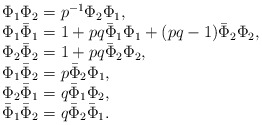
\begin{align*}\begin{array}{l}\Phi_{1}\Phi_{2}=p^{-1}\Phi_{2}\Phi_{1},\\\Phi_{1}\bar{\Phi}_{1}=1+pq\bar{\Phi}_{1}\Phi_{1}+(pq-1)\bar{\Phi}_{2}\Phi_{2},\\\Phi_{2}\bar{\Phi}_{2}=1+pq\bar{\Phi}_{2}\Phi_{2},\\\Phi_{1}\bar{\Phi}_{2}=p\bar{\Phi}_{2}\Phi_{1},\\\Phi_{2}\bar{\Phi}_{1}=q\bar{\Phi}_{1}\Phi_{2},\\\bar{\Phi}_{1}\bar{\Phi}_{2}=q\bar{\Phi}_{2}\bar{\Phi}_{1}.\end{array}\end{align*}